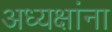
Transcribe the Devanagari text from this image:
अध्यक्षांना